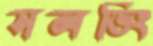
সলভিং